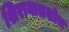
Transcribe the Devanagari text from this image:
शिरानालशोथ